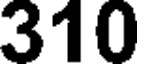
310